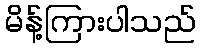
မိန့်ကြားပါသည်